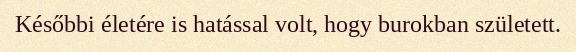
Későbbi életére is hatással volt, hogy burokban született.